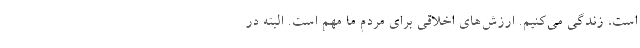
است، زندگی می‌کنیم. ارزش‌های اخلاقی برای مردم ما مهم است. البته در